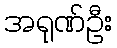
အရုဏ်ဦး